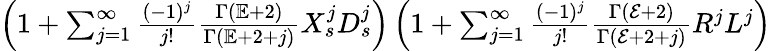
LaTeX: \begin{array}{r}{\left(1+\sum_{j=1}^{\infty}\frac{(-1)^{j}}{j!}\frac{\Gamma(\mathbb{E}+2)}{\Gamma(\mathbb{E}+2+j)}X_{s}^{j}D_{s}^{j}\right)\left(1+\sum_{j=1}^{\infty}\frac{(-1)^{j}}{j!}\frac{\Gamma(\mathcal{E}+2)}{\Gamma(\mathcal{E}+2+j)}R^{j}L^{j}\right)}\end{array}